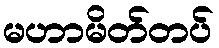
မဟာမိတ်တပ်